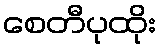
စေတီပုထိုး